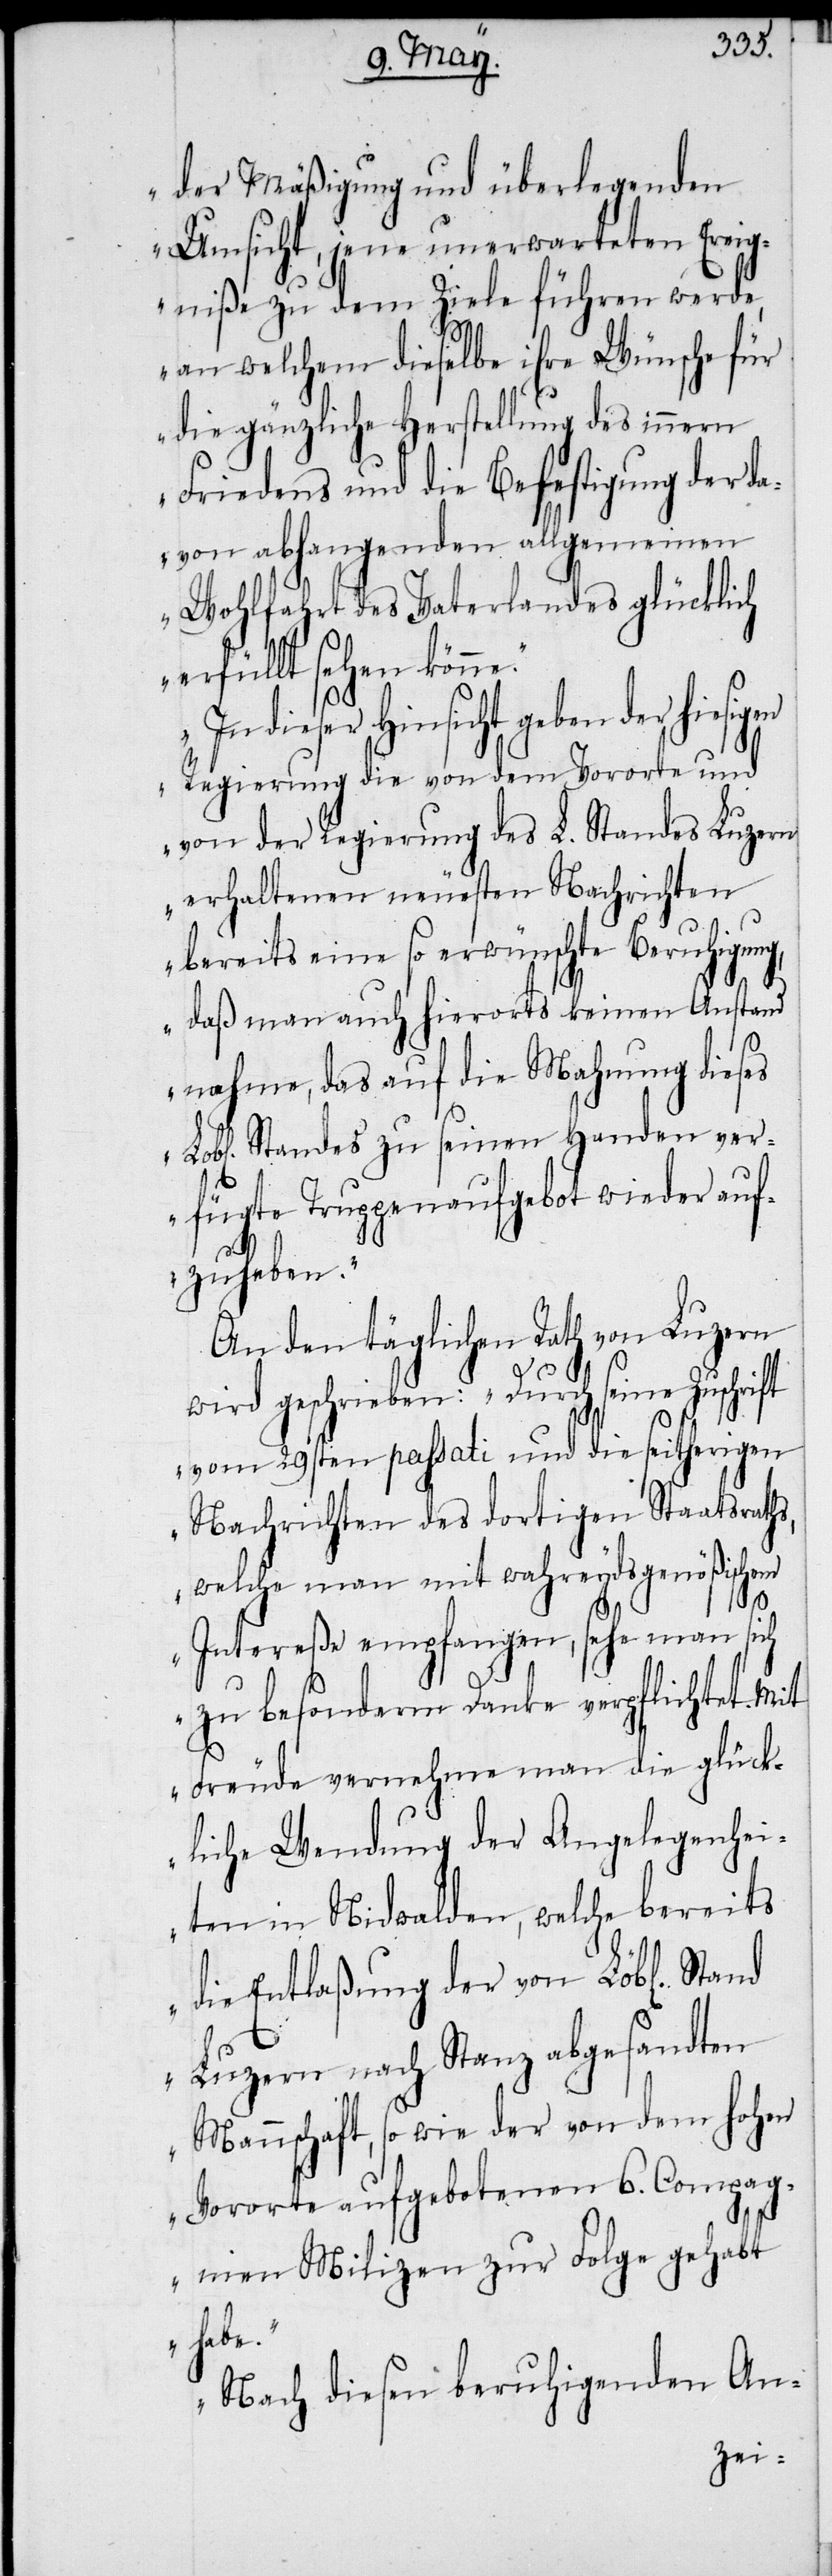
der Mäßigung und überlegenden
Umsicht, jene unerwarteten Ereig¬
niße zu dem Ziele führen werde,
an welchem dieselbe ihre Wünsche für
die gänzliche Herstellung des innern
Friedens und die Befestigung der da¬
von abhangenden allgemeinen
Wohlfahrt des Vaterlandes glücklich
erfüllt sehen kön¬
dieser Hinsicht geben der hiesi¬
Regierung die von dem Vororte und
von der Regierung des L. Standes Luzern
erhaltenen neuesten Nachrichten
bereits eine so erwünschte Beruhigung,
daß man auch hierorts keinen Anstand
nahme, das auf die Mahnung dieses
Standes zu seinen Handen ver¬
fügte Truppenaufgebot wieder auf¬
zuheben.“
An den täglichen Rath von Luzern
wird geschrieben: „Durch seine Zuschrift
vom 29sten passati und die seitherigen
Nachrichten des dortigen Staatsraths,
welche man mit wahreydsgenößischem
Intereße empfangen, sehe man sich
zu besonderm Danke verpflichtet. Mit
Freude vernehme man die glück¬
liche Wendung der Angelegenhei¬
ten in Nidwalden, welche bereits
die Entlaßung der von Löbl[ichem]
Luzern nach Stanz abgesandten
Mannschaft, so wie der von dem hohen
Vororte aufgebotenen 6. Compag¬
gen
nien Milizen zur Folge gehabt
habe.“
„Nach diesen beruhigenden An-